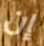
إن